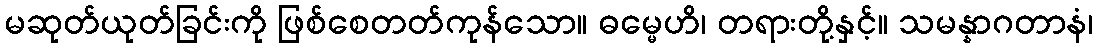
မဆုတ်ယုတ်ခြင်းကို ဖြစ်စေတတ်ကုန်သော။ ဓမ္မေဟိ၊ တရားတို့နှင့်။ သမန္နာဂတာနံ၊